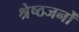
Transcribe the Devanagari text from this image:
श्रेष्ठजनों